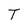
Character: T